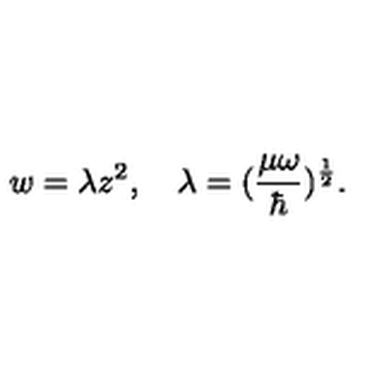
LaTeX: w = \lambda z ^ { 2 } , \quad \lambda = ( \frac { \mu \omega } { \hbar } ) ^ { \frac 1 2 } .